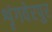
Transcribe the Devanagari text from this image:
शृंगवेरपुर